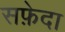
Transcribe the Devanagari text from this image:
सफ़ेदा